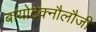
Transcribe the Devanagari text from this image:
बायोटेक्नौलौजी